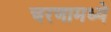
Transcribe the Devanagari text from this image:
चरणामध्ये